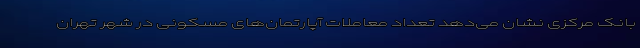
بانک مرکزی نشان می‌دهد تعداد معاملات آپارتمان‌های مسکونی در شهر تهران